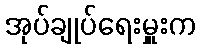
အုပ်ချုပ်ရေးမှူးက